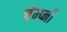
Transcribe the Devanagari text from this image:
चॅम्प्नी